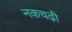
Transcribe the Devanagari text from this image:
नकचढ़ी